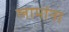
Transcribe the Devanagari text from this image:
लामांना